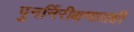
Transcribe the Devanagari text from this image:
पुनर्निरीक्षणातही